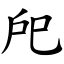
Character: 戺